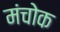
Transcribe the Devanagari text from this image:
मंचोक